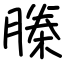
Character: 榺